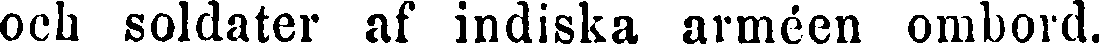
och soldater af indiska arméen ombord.